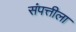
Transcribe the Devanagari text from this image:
संपत्तीला